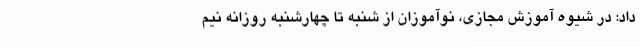
داد: در شیوه آموزش مجازی، نوآموزان از شنبه تا چهارشنبه روزانه نیم